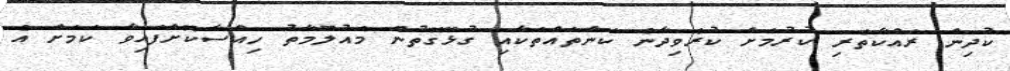
ކުދިން ރައްކާތެރި ކުރުމަށް ކުރެވިދާނެ ކަންތައްތަކާއި ގުޅޭގޮތުން މައުލޫމާތު ހިއްސާކޮށްފައިވާ ކަމަށް އެ